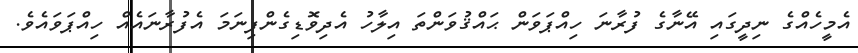
އެމީހެއްގެ ނިދީގައި އޭނާގެ ފުރާނަ ހިއްޕަވަން ޙައްޤުވަންތަ އިލާހު އެދިވޮޑިގެންފިނަމަ އެފުރާނައެއް ހިއްޕަވައެވެ.